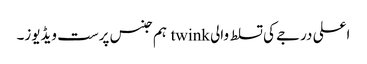
اعلی درجے کی تسلط والی twink ہم جنس پرست ویڈیوز۔